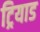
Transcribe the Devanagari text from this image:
ट्रियाड